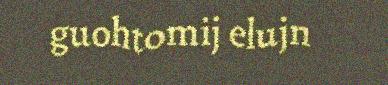
guohtomij elujn